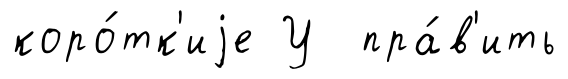
коро́тк'иjе У пра́в'ить